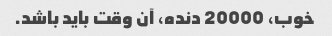
خوب، 20000 دنده، آن وقت باید باشد.